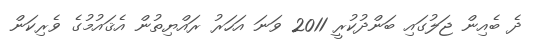
ދެ ބެއިން ޖަލުގައި ބަންދުކުރީ 2011 ވަނަ އަހަރު ރައްޔިތުން އެޤައުމުގެ ވެރިކަން